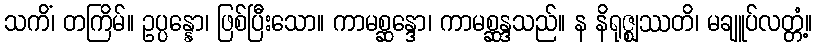
သကိံ၊ တကြိမ်။ ဥပ္ပန္နော၊ ဖြစ်ပြီးသော။ ကာမစ္ဆန္ဒော၊ ကာမစ္ဆန္ဒသည်။ န နိရုဇ္ဈဿတိ၊ မချူပ်လတ္တံ့။